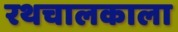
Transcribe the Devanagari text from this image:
रथचालकाला